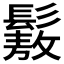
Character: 𩮯